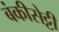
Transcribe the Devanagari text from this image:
बंकीसेट्टी